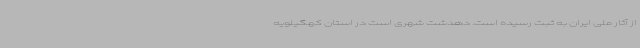
از آثار ملی ایران به ثبت رسیده‌ است. دهدشت شهری است در استان کهگیلویه